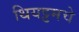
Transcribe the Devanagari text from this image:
थियट्टमचे